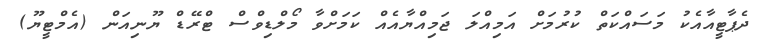
ދެޕާޓީއާއެކު މަސައްކަތް ކުރުމަށް އަމިއްލަ ޖަމިއްޔާއެއް ކަމަށްވާ މޯލްޑިވްސް ޓްރޭޑް ޔޫނިއަން (އެމްޓީޔޫ)